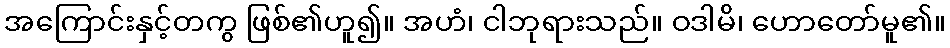
အကြောင်းနှင့်တကွ ဖြစ်၏ဟူ၍။ အဟံ၊ ငါဘုရားသည်။ ဝဒါမိ၊ ဟောတော်မူ၏။